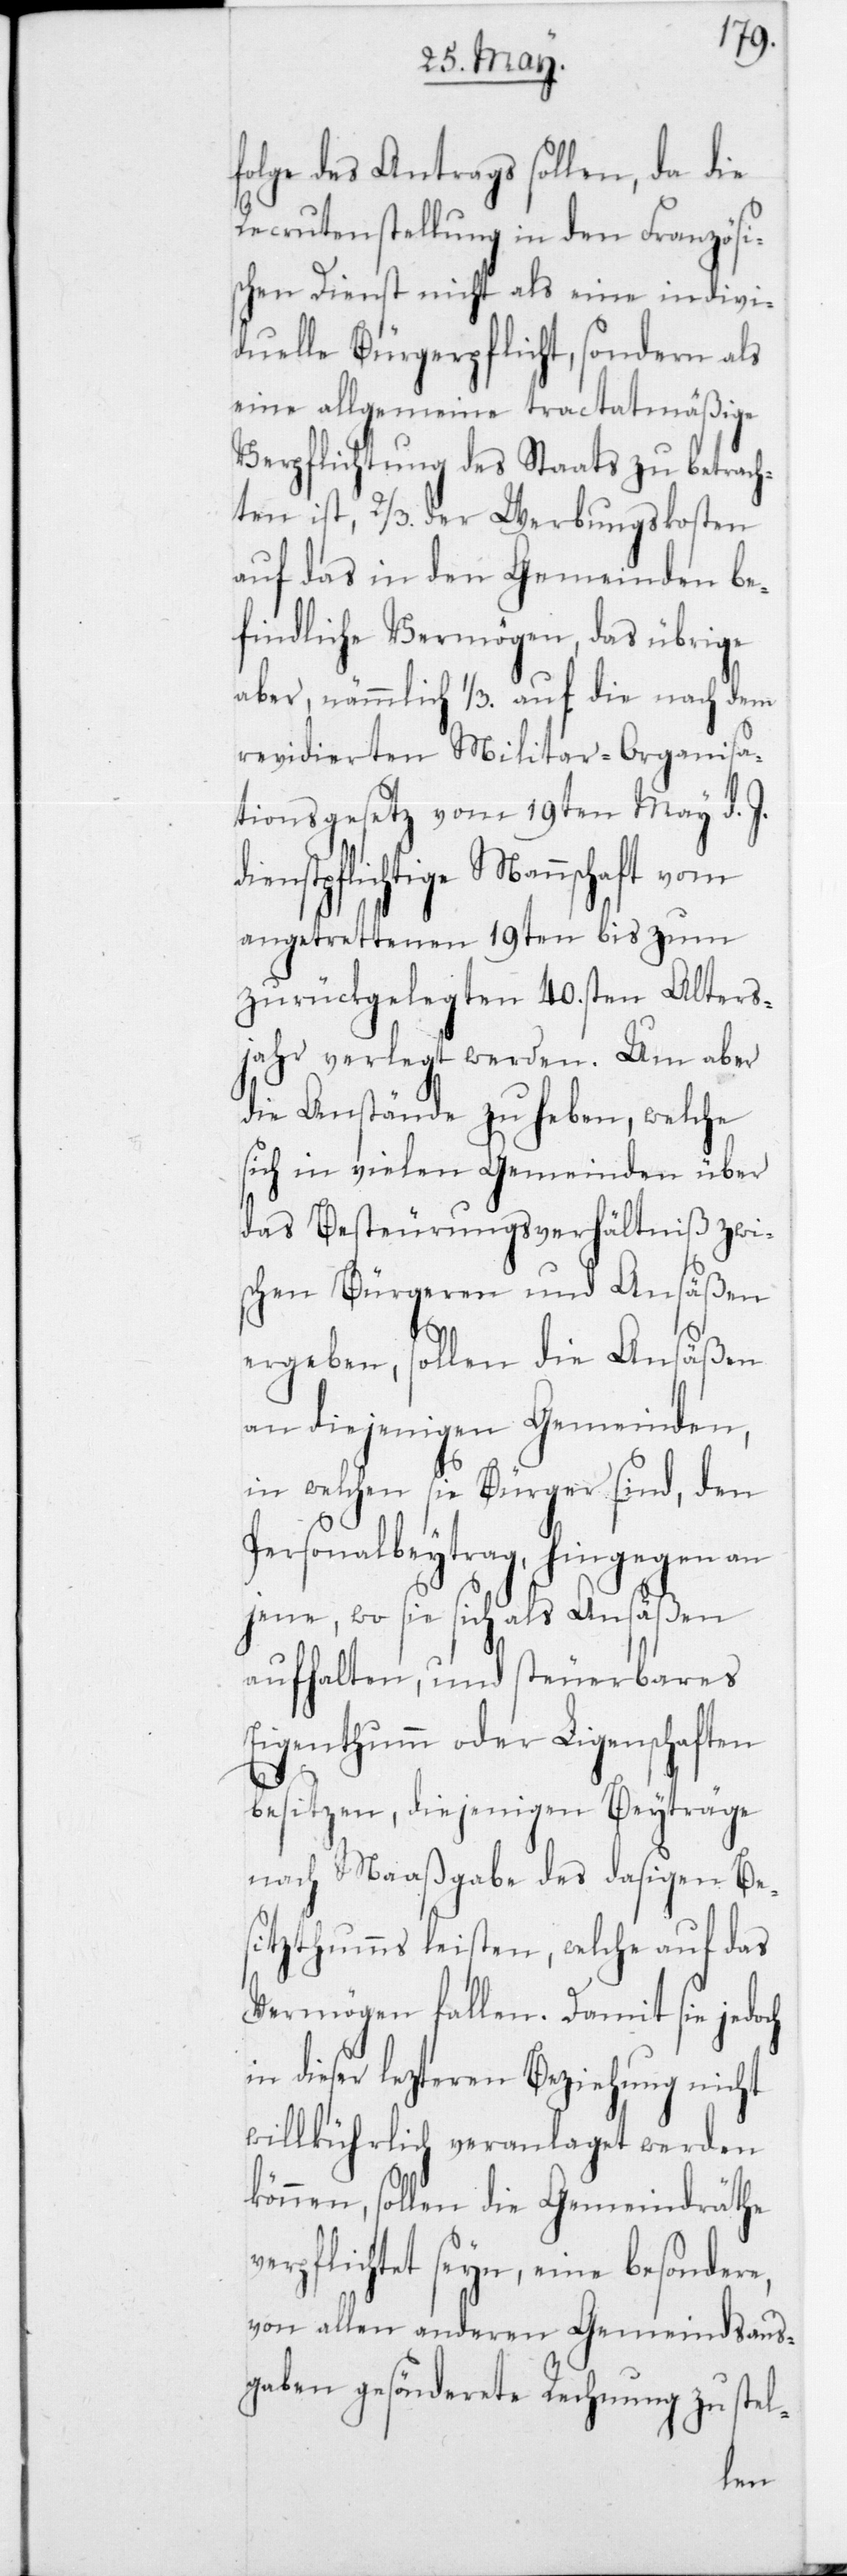
folge des Antrags sollen, da die
Recrutenstellung in den Französi¬
schen Dienst nicht als eine indivi¬
duelle Bürgerpflicht, sondern als
eine allgemeine tractatmäßige
Verpflichtung des Staats zu betrach¬
ten ist, 2/3 der Werbungskosten
auf das in den Gemeinden be¬
findliche Vermögen, das übrige
aber, nämmlich 1/3 auf die nach dem
revidierten Militar-Organisa¬
tionsgesetz vom 19ten May d. J.
stpflichtige Mannschaft vom
angetrettenen 19ten bis zum
zurückgelegten 40sten Alters¬
jahr verlegt werden. Um aber
die Anstände zu heben, welche
sich in vielen Gemeinden über
das Besteurungsverhältniß zwi¬
schen Bürgeren und Ansäßen
ergeben, sollen die Ansäßen
an diejenigen Gemeinden,
in welchen sie Bürger sind, den
Personalbeytrag, hingegen an
jene, wo sie sich als Ansäßen
aufhalten, und steuerbares
Eigenthumm oder Liegenschaften
besitzen, diejenigen Beyträge
nach Maaßgabe des dasigen Bes¬
itzthumms leisten, welche auf das
Vermögen fallen. Damit sie jedoch
in dieser lezteren Beziehung nicht
willkührlich veranlaget werden
können, sollen die Gemeindräthe
verpflichtet seyn, eine besondere,
von allen anderen Gemeindsaus¬
gaben gesönderete Rechnung zu stel-
dien¬